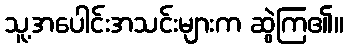
သူ့အပေါင်းအသင်းများက ဆွဲကြ၏။